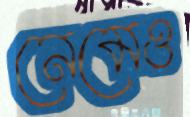
নেমেও